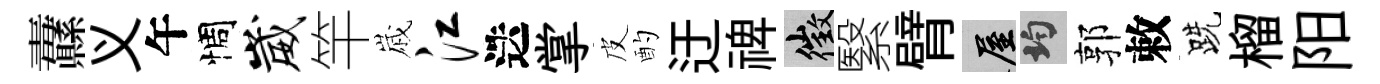
纛义午惆崴竿𡻕江迭掌皮酌迂禆徵繄臂屋均郭敕跣榴阳